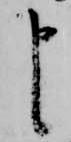
申